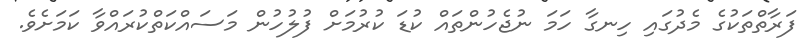
ފަރާތްތަކުގެ މެދުގައި ހިނގާ ހަމަ ނުޖެހުންތައް ކުޑަ ކުރުމަށް ފުލުހުން މަސައްކަތްކުރައްވާ ކަމަށެވެ.